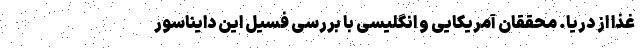
غذا از دریا. محققان آمریکایی و انگلیسی با بررسی فسیل این دایناسور